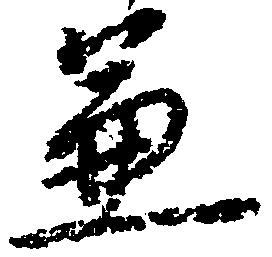
兼